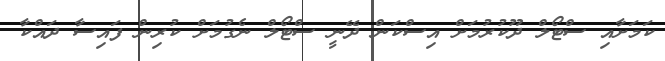
ކަމަށާއި ސްޓޯލް ދޫކުރުމަށް އިސްކަން ދޭނީ ސްޓޯލް ނެގުމަށް ކުރިން ފައިސާ ދައްކާ